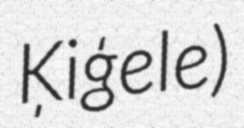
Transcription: Ķiģele)